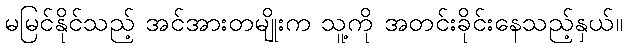
မမြင်နိုင်သည့် အင်အားတမျိုးက သူ့ကို အတင်းခိုင်းနေသည့်နှယ်။